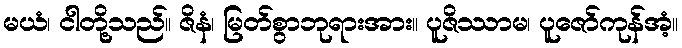
မယံ၊ ငါတို့သည်။ ဇိနံ၊ မြတ်စွာဘုရားအား။ ပူဇိဿာမ၊ ပူဇော်ကုန်အံ့။